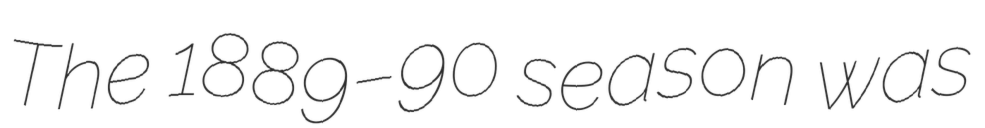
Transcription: The 1889–90 season was